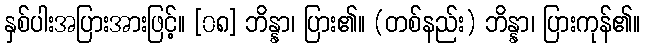
နှစ်ပါးအပြားအားဖြင့်။ [၀၈] ဘိန္နာ၊ ပြား၏။ (တစ်နည်း) ဘိန္နာ၊ ပြားကုန်၏။